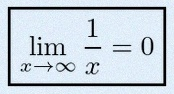
\lim_{x\to\infty}\frac{1}{x}=0